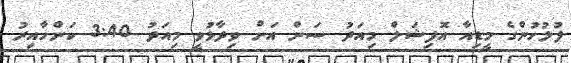
ފުލުހުންގެ މީޑިއާ އޮފިޝަލް މިއަދު ސަން އަށް ވިދާޅުވީ މިއަދު 3:40 ކަންހާއިރު